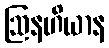
ဩနဟိယာန